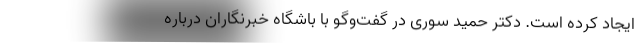
ایجاد کرده است. دکتر حمید سوری در گفت‌‌وگو با باشگاه خبرنگاران درباره